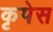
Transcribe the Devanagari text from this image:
कृपेस